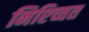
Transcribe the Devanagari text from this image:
निश्च्चित